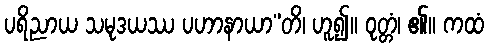
ပရိညာယ သမုဒယဿ ပဟာနာယာ”တိ၊ ဟူ၍။ ဝုတ္တံ၊ ၏။ ကထံ